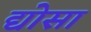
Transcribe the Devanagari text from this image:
द्योसा